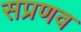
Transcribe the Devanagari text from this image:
सप्रणव